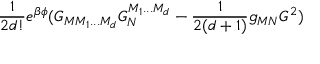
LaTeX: \frac { 1 } { 2 d ! } e ^ { \beta \phi } ( G _ { M M _ { 1 } . . . M _ { d } } G _ { N } ^ { M _ { 1 } . . . M _ { d } } - \frac { 1 } { 2 ( d + 1 ) } g _ { M N } G ^ { 2 } )